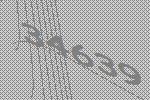
34639